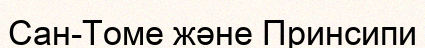
Сан-Томе және Принсипи